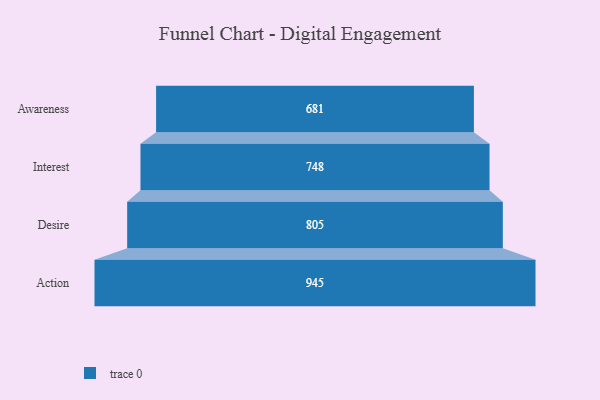
{"axis": {"x": "Stage", "y": "Value"}, "legend": [""], "data": [{"x": "Awareness", "y": 681.0, "type": ""}, {"x": "Interest", "y": 748.0, "type": ""}, {"x": "Desire", "y": 805.0, "type": ""}, {"x": "Action", "y": 945.0, "type": ""}]}